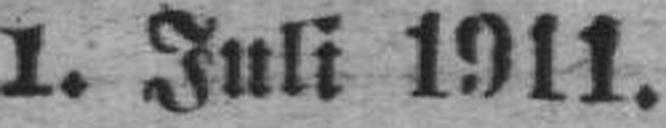
1. Juli 1911.